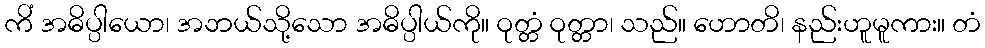
ကိံ အဓိပ္ပါယော၊ အဘယ်သို့သော အဓိပ္ပါယ်ကို။ ဝုတ္တံ ဝုတ္တာ၊ သည်။ ဟောတိ၊ နည်းဟူမူကား။ တံ